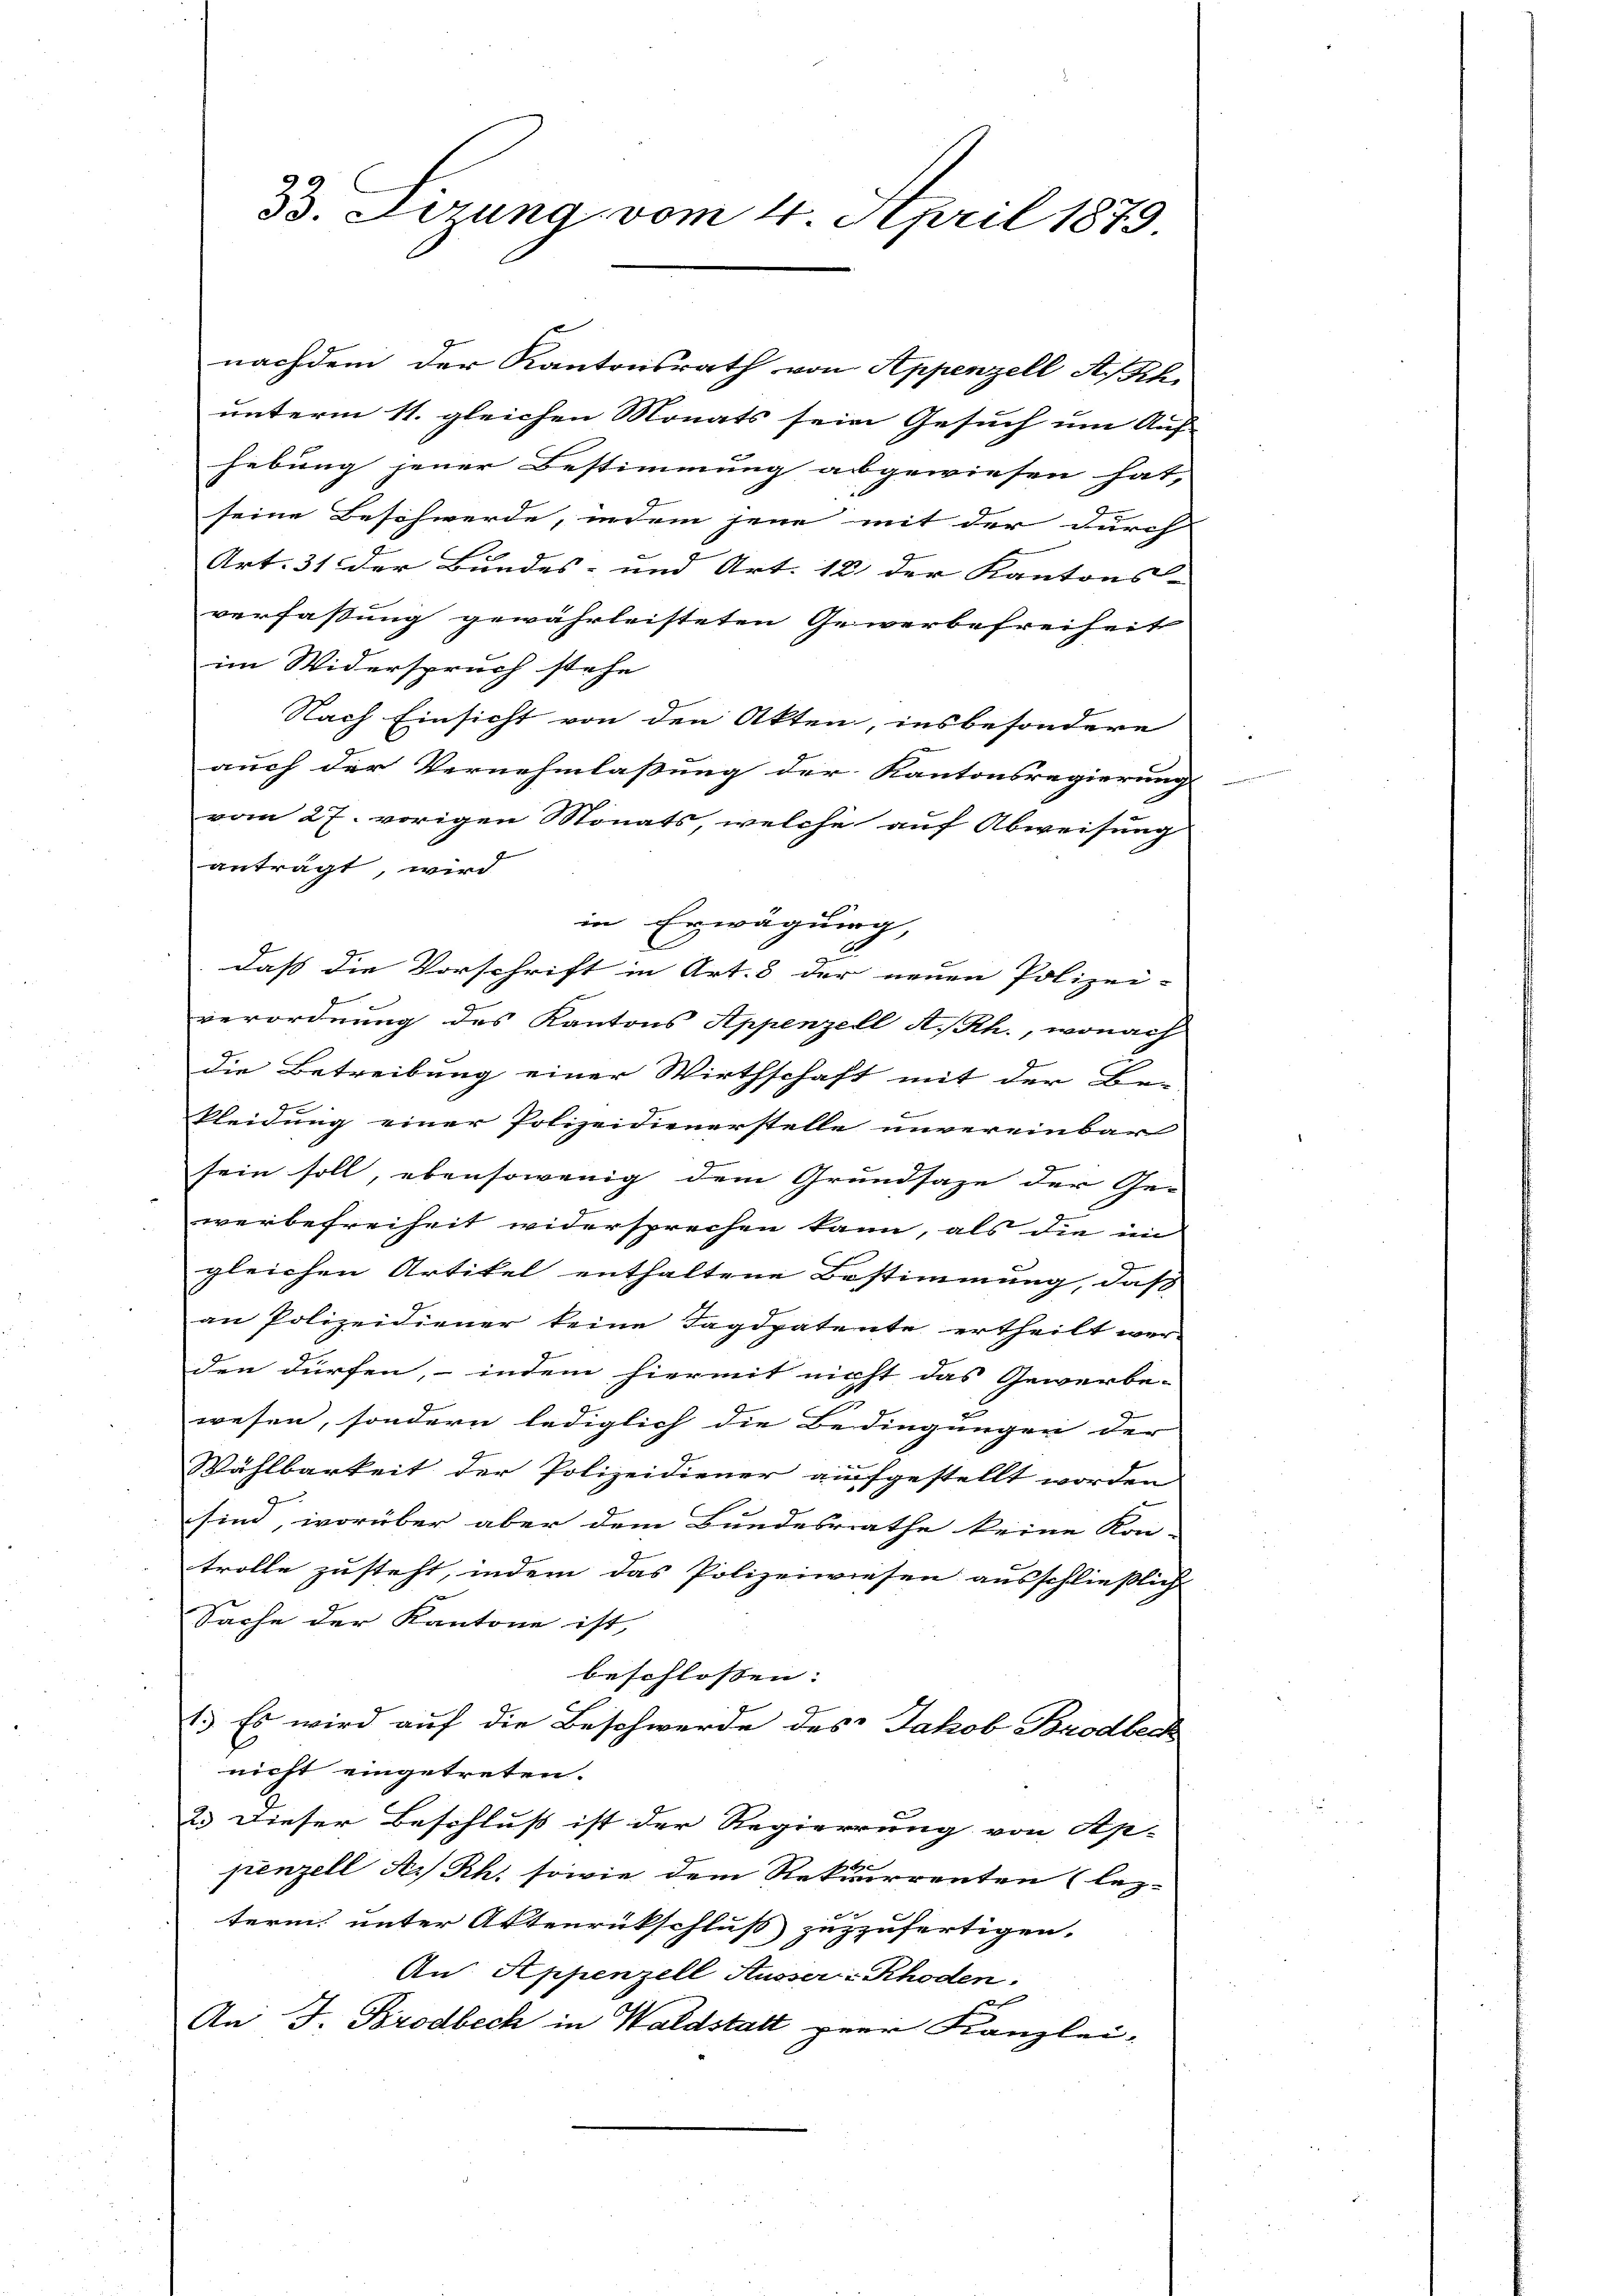
B. Firung vom 4. April 1879.

nachdem der Kantonsrath von Appenzell A. Sch
unterm 11. gleichen Monats sein Gesuch um Auf
hebung jener Bestimmung abgewiesen hat,
seine Beschwerde, indem jene mit der durch
Art. 31 der Bundes- und Art. 12 der Kantons- |
verfassung gewährleisteten Gewerbefreiheit
im Widerspruch stehe
Nach Einsicht von den Akten, insbesondere
auch der Vernehmlassung der Kantonsregierung
vom 27. vorigen Monats, welche auf Abweisung
anträgt, wird
in Erwägung,
dass die Vorschrift in Art. 3 der neuen Polizei- |
verordnung des Kantons Appenzell A.-Rh., wonach
die Betreibung einer Wirthschaft mit der Be-
Pleidung einer Polizeidienerstelle unvereinbar
sein soll, ebensowenig dem Grundsaze der Ge-
werbefreiheit widersprechen kann, als die im
gleichen Artikel enthaltene Bestimmung, dass
an Polizeidiener keine Tagdpatente ertheilt wer-
den dürfen, - indem hiermit nicht das Gewerbe-
2
wesen, sondern lediglich die Bedingungen der
Wählbarkeit der Polizeidiener aufgestellt worden
sind, worüber aber dem Bundesrathe keine Kon-
trolle zusteht, indem das Polizeiwiesen ausschließlich
Sache der Kantone ist,
beschlossen:
1.) Es wird auf die Beschwerde des Jakob Brodbeck
nicht eingetreten.
2. Dieser Beschluß ist der Regierung von Ap-
penzell A. Rh. sowie dem Rekurrenten (letz-
term unter Aktenrückschluss zuzzufertigen.
An Appenzell Ausser-Rhoden.
An J. Brodbeck in Waldstatt prer Kanzlei-